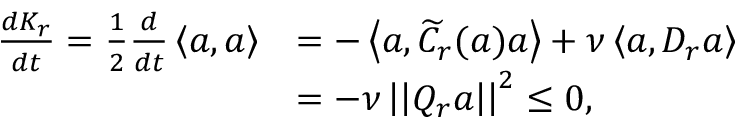
\begin{array} { r l } { \frac { d K _ { r } } { d t } = \frac { 1 } { 2 } \frac { d } { d t } \left< \boldsymbol { a } , \boldsymbol { a } \right> } & { = - \left< \boldsymbol { a } , \widetilde { C } _ { r } ( \boldsymbol { a } ) \boldsymbol { a } \right> + \nu \left< \boldsymbol { a } , D _ { r } \boldsymbol { a } \right> } \\ & { = - \nu \left| \left| Q _ { r } \boldsymbol { a } \right| \right| ^ { 2 } \leq 0 , } \end{array}